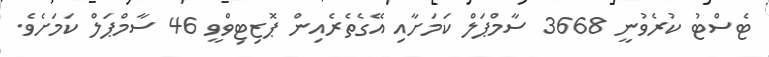
ޓެސްޓު ކުރެވުނީ 3668 ސާމްޕަލް ކަމަށާއި އޭގެތެރެއިން ޕޮޒިޓިވްވީ 46 ސާމްޕަލް ކަމަށެވެ.